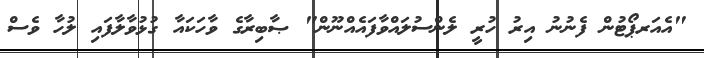
"އެއަރޕޯޓުން ފެނުނު އިރު ހުރީ ލެންސުލައްވާފައެއްނޫން" ޞާބިރާގެ ވާހަކައާ ގުޅުވާލާފައި ލުހާ ވެސް